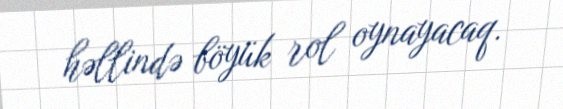
həllində böyük rol oynayacaq.